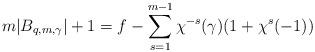
LaTeX: \begin{align*}m|B_{q,m,\gamma}|+1=f-\sum\limits_{s=1}^{m-1}\chi^{-s}(\gamma)(1+\chi^s(-1))\end{align*}